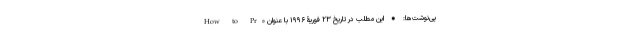
پی‌نوشت‌ها: • این مطلب در تاریخ ۲۳ فوریۀ ۱۹۹۶ با عنوان «How to Pr